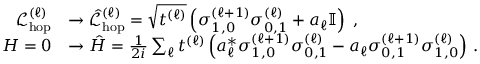
\begin{array} { r l } { \mathcal { L } _ { \mathrm { h o p } } ^ { ( \ell ) } } & { \rightarrow \hat { \mathcal { L } } _ { \mathrm { h o p } } ^ { ( \ell ) } = \sqrt { t ^ { ( \ell ) } } \left( \sigma _ { 1 , 0 } ^ { ( \ell + 1 ) } \sigma _ { 0 , 1 } ^ { ( \ell ) } + a _ { \ell } \mathbb { I } \right) \, \, , } \\ { H = 0 } & { \rightarrow \hat { H } = \frac { 1 } { 2 i } \sum _ { \ell } t ^ { ( \ell ) } \left( a _ { \ell } ^ { * } \sigma _ { 1 , 0 } ^ { ( \ell + 1 ) } \sigma _ { 0 , 1 } ^ { ( \ell ) } - a _ { \ell } \sigma _ { 0 , 1 } ^ { ( \ell + 1 ) } \sigma _ { 1 , 0 } ^ { ( \ell ) } \right) \, . } \end{array}